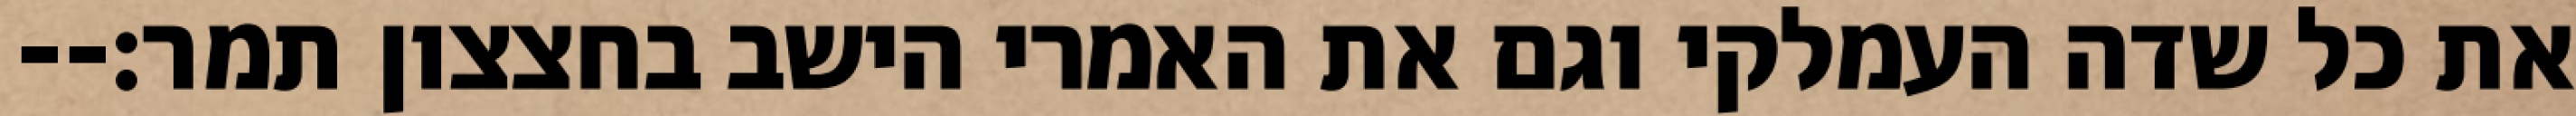
את כל שדה העמלקי וגם את האמרי הישב בחצצון תמר׃--